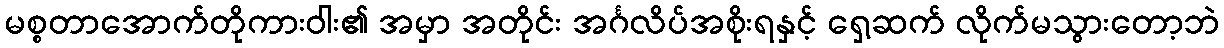
မစ္စတာအောက်တိုကားဝါး၏ အမှာ အတိုင်း အင်္ဂလိပ်အစိုးရနှင့် ရှေ့ဆက် လိုက်မသွားတော့ဘဲ